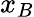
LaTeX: x_{B}